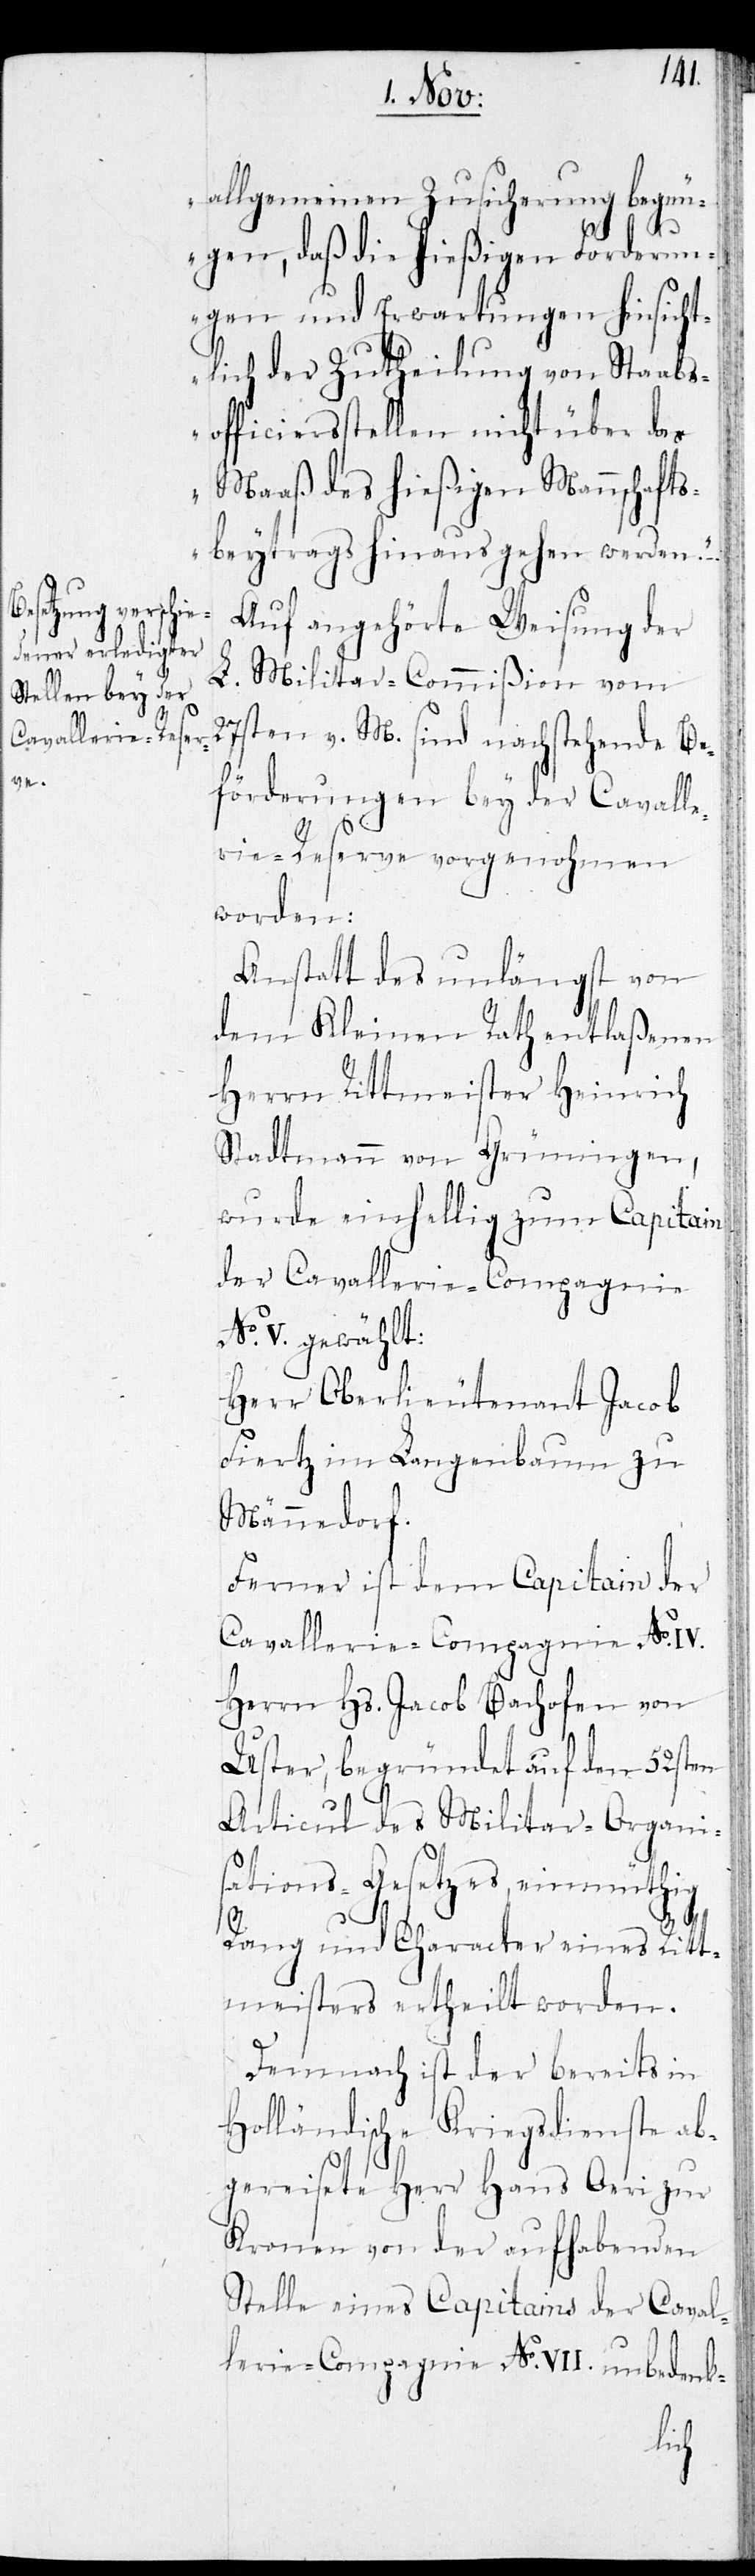
allgemeinen Zusicherung begn¬
ügen, daß die hießigen Forderun¬
gen und Erwartungen hinsicht¬
lich der Zutheilung von Staabs¬
officiersstellen nicht über das
Maaß des hießigen Mannschafts¬
beytrags hinaus gehen werden.“ –
Auf angehörte Weisung der
L. Militar-Commißion vom
27sten v. M. sind nachstehende Be¬
förderungen bey der Cavalle¬
rie-Reserve vorgenohmen
worden:
Anstatt des unlängst von
dem Kleinen Rath entlaßenen
Herrn Rittmeister Heinrich
Stadtmann von Grüningen,
wurde einhellig zum Capitain
der Cavallerie-Compagnie
No. V. gewählt:
Herr Oberlieutenant Jacob
Fiertz im Langenbaum zu
Männedorf.
Ferner ist dem Capitain der
Cavallerie-Compganie No.
Herrn Hs. Jacob Bachofen von
Uster, begründet auf den 52sten
Articul des Militar-Organi¬
sations-Gesetzes, einmüthig
Rang und Character eines Ritt¬
meisters ertheilt worden.
Demnach ist der bereits in
Holländische Kriegsdienste ab¬
gereiste Herr Hans Oeri zur
Kronen von der aufhabenden
Stelle eines Capitains der Caval¬
lerie-Compagnie No. VII. unbedenk-